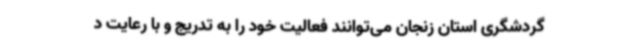
گردشگری استان زنجان می‌توانند فعالیت خود را به تدریج و با رعایت د